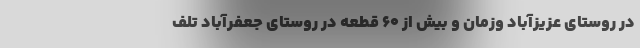
در روستای عزیزآباد وزمان و بیش از ۶۰ قطعه در روستای جعفرآباد تلف